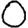
Digit: 0